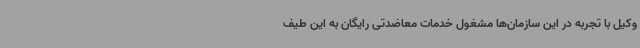
وکیل با تجربه در این سازمان‌ها مشغول خدمات معاضدتی رایگان به این طیف